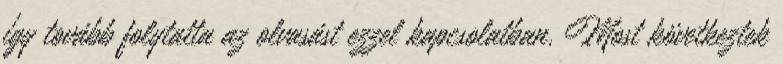
így tovább folytatta az olvasást ezzel kapcsolatban. Most következtek